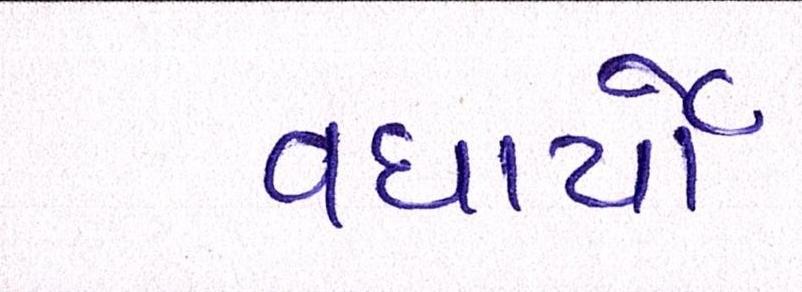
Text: વધાર્યો